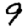
Digit: 9